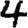
Digit: 4